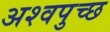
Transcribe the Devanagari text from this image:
अश्वपुच्छ